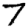
Digit: 7